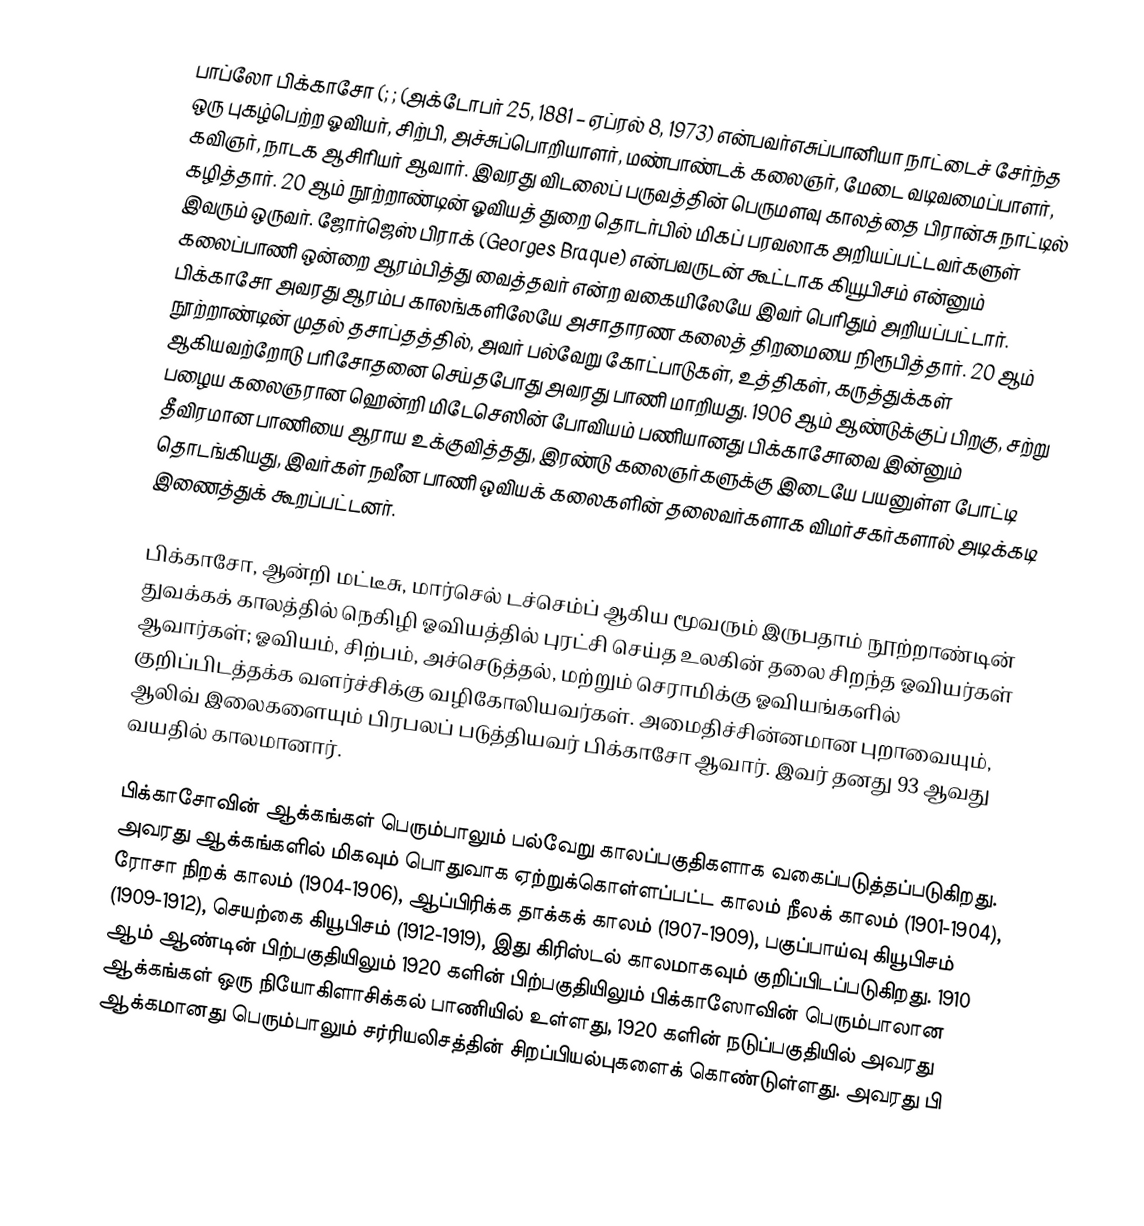
பாப்லோ பிக்காசோ (; ; (அக்டோபர் 25, 1881 – ஏப்ரல் 8, 1973) என்பவர்எசுப்பானியா நாட்டைச் சேர்ந்த ஒரு புகழ்பெற்ற ஓவியர், சிற்பி, அச்சுப்பொறியாளர், மண்பாண்டக் கலைஞர், மேடை வடிவமைப்பாளர், கவிஞர், நாடக ஆசிரியர் ஆவார். இவரது விடலைப் பருவத்தின் பெருமளவு காலத்தை பிரான்சு நாட்டில் கழித்தார். 20 ஆம் நூற்றாண்டின் ஓவியத் துறை தொடர்பில் மிகப் பரவலாக அறியப்பட்டவர்களுள் இவரும் ஒருவர். ஜோர்ஜெஸ் பிராக் (Georges Braque) என்பவருடன் கூட்டாக கியூபிசம் என்னும் கலைப்பாணி ஒன்றை ஆரம்பித்து வைத்தவர் என்ற வகையிலேயே இவர் பெரிதும் அறியப்பட்டார். பிக்காசோ அவரது ஆரம்ப காலங்களிலேயே அசாதாரண கலைத் திறமையை நிரூபித்தார். 20 ஆம் நூற்றாண்டின் முதல் தசாப்தத்தில், அவர் பல்வேறு கோட்பாடுகள், உத்திகள், கருத்துக்கள் ஆகியவற்றோடு பரிசோதனை செய்தபோது அவரது பாணி மாறியது. 1906 ஆம் ஆண்டுக்குப் பிறகு, சற்று பழைய கலைஞரான ஹென்றி மிடேசெஸின் போவியம் பணியானது பிக்காசோவை இன்னும் தீவிரமான பாணியை ஆராய உக்குவித்தது, இரண்டு கலைஞர்களுக்கு இடையே பயனுள்ள போட்டி தொடங்கியது, இவர்கள்  நவீன பாணி ஒவியக் கலைகளின் தலைவர்களாக விமர்சகர்களால் அடிக்கடி இணைத்துக் கூறப்பட்டனர்.

பிக்காசோ, ஆன்றி மட்டீசு, மார்செல் டச்செம்ப் ஆகிய மூவரும் இருபதாம் நூற்றாண்டின் துவக்கக் காலத்தில் நெகிழி ஓவியத்தில் புரட்சி செய்த உலகின் தலை சிறந்த ஓவியர்கள் ஆவார்கள்; ஓவியம், சிற்பம், அச்செடுத்தல், மற்றும் செராமிக்கு ஓவியங்களில் குறிப்பிடத்தக்க வளர்ச்சிக்கு வழிகோலியவர்கள். அமைதிச்சின்னமான புறாவையும், ஆலிவ் இலைகளையும் பிரபலப் படுத்தியவர் பிக்காசோ ஆவார். இவர் தனது 93 ஆவது வயதில் காலமானார்.

பிக்காசோவின் ஆக்கங்கள் பெரும்பாலும் பல்வேறு  காலப்பகுதிகளாக வகைப்படுத்தப்படுகிறது. அவரது ஆக்கங்களில் மிகவும் பொதுவாக ஏற்றுக்கொள்ளப்பட்ட காலம் நீலக் காலம் (1901-1904), ரோசா நிறக் காலம் (1904-1906), ஆப்பிரிக்க தாக்கக் காலம் (1907-1909), பகுப்பாய்வு கியூபிசம் (1909-1912),   செயற்கை கியூபிசம் (1912-1919), இது கிரிஸ்டல் காலமாகவும் குறிப்பிடப்படுகிறது. 1910 ஆம் ஆண்டின் பிற்பகுதியிலும் 1920 களின் பிற்பகுதியிலும் பிக்காஸோவின் பெரும்பாலான ஆக்கங்கள் ஒரு நியோகிளாசிக்கல் பாணியில் உள்ளது, 1920 களின் நடுப்பகுதியில் அவரது ஆக்கமானது பெரும்பாலும் சர்ரியலிசத்தின் சிறப்பியல்புகளைக் கொண்டுள்ளது. அவரது பி